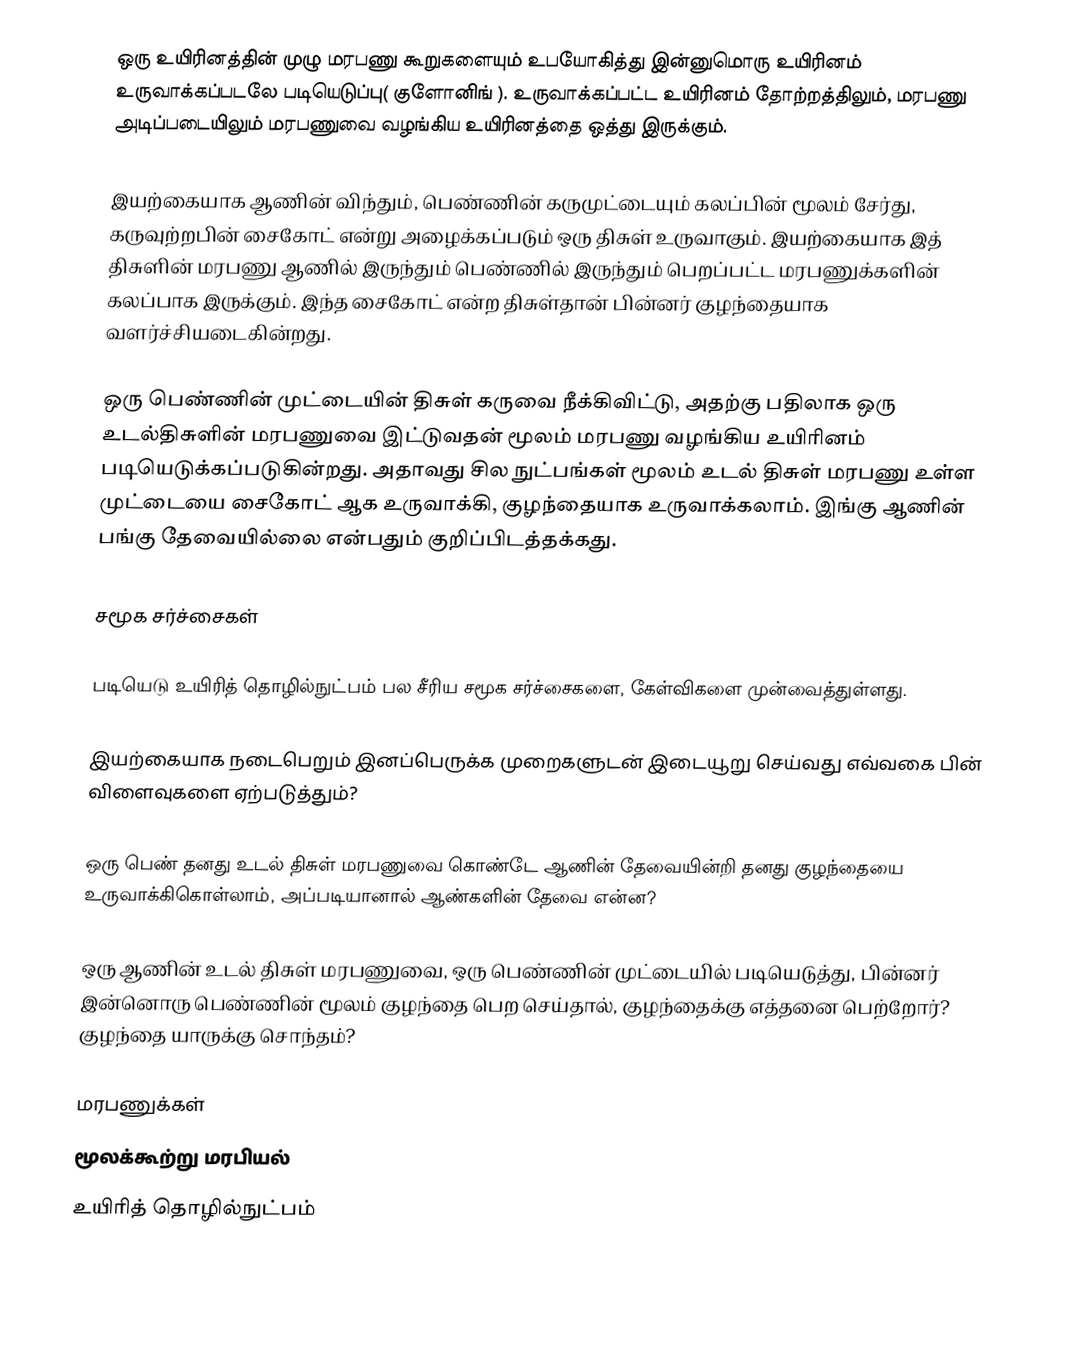
ஒரு உயிரினத்தின் முழு மரபணு கூறுகளையும் உபயோகித்து இன்னுமொரு உயிரினம் உருவாக்கப்படலே படியெடுப்பு( குளோனிங் ). உருவாக்கப்பட்ட உயிரினம் தோற்றத்திலும், மரபணு அடிப்படையிலும் மரபணுவை வழங்கிய உயிரினத்தை ஒத்து இருக்கும்.

இயற்கையாக ஆணின் விந்தும், பெண்ணின் கருமுட்டையும் கலப்பின் மூலம் சேர்து, கருவுற்றபின் சைகோட் என்று அழைக்கப்படும் ஒரு திசுள் உருவாகும். இயற்கையாக இத் திசுளின் மரபணு ஆணில் இருந்தும் பெண்ணில் இருந்தும் பெறப்பட்ட மரபணுக்களின் கலப்பாக இருக்கும். இந்த சைகோட் என்ற திசுள்தான் பின்னர் குழந்தையாக வளர்ச்சியடைகின்றது.

ஒரு பெண்ணின் முட்டையின் திசுள் கருவை நீக்கிவிட்டு, அதற்கு பதிலாக ஒரு உடல்திசுளின் மரபணுவை இட்டுவதன் மூலம் மரபணு வழங்கிய உயிரினம் படியெடுக்கப்படுகின்றது. அதாவது சில நுட்பங்கள் மூலம் உடல் திசுள் மரபணு உள்ள முட்டையை சைகோட் ஆக உருவாக்கி, குழந்தையாக உருவாக்கலாம். இங்கு ஆணின் பங்கு தேவையில்லை என்பதும் குறிப்பிடத்தக்கது.

சமூக சர்ச்சைகள்

படியெடு உயிரித் தொழில்நுட்பம் பல சீரிய சமூக சர்ச்சைகளை, கேள்விகளை முன்வைத்துள்ளது.

இயற்கையாக நடைபெறும் இனப்பெருக்க முறைகளுடன் இடையூறு செய்வது எவ்வகை பின் விளைவுகளை ஏற்படுத்தும்?

ஒரு பெண் தனது உடல் திசுள் மரபணுவை கொண்டே ஆணின் தேவையின்றி தனது குழந்தையை உருவாக்கிகொள்லாம், அப்படியானால் ஆண்களின் தேவை என்ன?

ஒரு ஆணின் உடல் திசுள் மரபணுவை, ஒரு பெண்ணின் முட்டையில் படியெடுத்து, பின்னர் இன்னொரு பெண்ணின் மூலம் குழந்தை பெற செய்தால், குழந்தைக்கு எத்தனை பெற்றோர்? குழந்தை யாருக்கு சொந்தம்?

மரபணுக்கள்
மூலக்கூற்று மரபியல்
உயிரித் தொழில்நுட்பம்